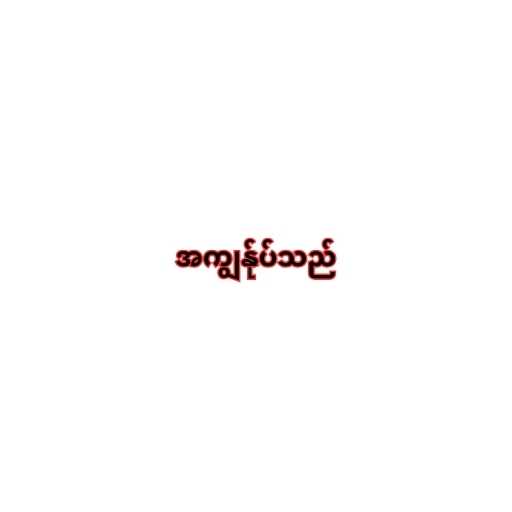
အကျွန်ုပ်သည်